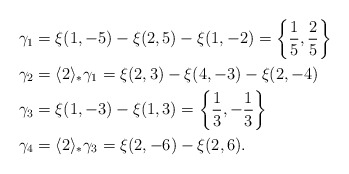
\begin{align*}\gamma_1 & = \xi(1,-5)-\xi(2,5)-\xi(1,-2) = \left\{\frac15,\frac25\right\}\\\gamma_2 & = \langle 2 \rangle_* \gamma_1 = \xi(2,3)-\xi(4,-3)-\xi(2,-4)\\\gamma_3 & = \xi(1,-3)-\xi(1,3) = \left\{\frac13,-\frac13\right\}\\\gamma_4 & = \langle 2 \rangle_* \gamma_3 = \xi(2,-6)-\xi(2,6).\end{align*}